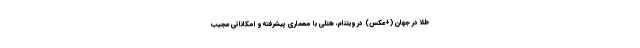
طلا در جهان (+عکس) در ویتنام، هتلی با معماری پیشرفته و امکاناتی عجیب